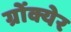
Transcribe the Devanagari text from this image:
ग्रोंक्येर